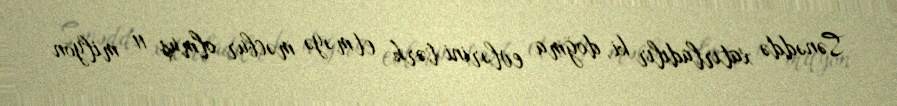
Sənəddə xatırladılır ki, doğma evlərini tərk etməyə məcbur olmuş 11 milyon